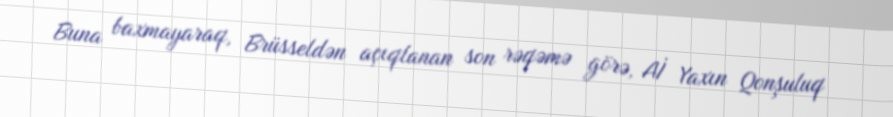
Buna baxmayaraq, Brüsseldən açıqlanan son rəqəmə görə, Aİ Yaxın Qonşuluq